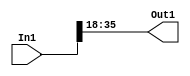
module controllerHdl_Convert_Data_Type1
          (
           In1,
           Out1
          );


  input   signed [35:0] In1;  // sfix36_En28
  output  signed [17:0] Out1;  // sfix18_En10


  wire signed [17:0] Data_Type_Conversion_out1;  // sfix18_En10


  // <S42>/Data Type Conversion
  assign Data_Type_Conversion_out1 = In1[35:18];



  assign Out1 = Data_Type_Conversion_out1;

endmodule